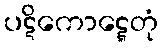
ပဋိကောဋ္ဋေတုံ